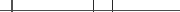
١٠١